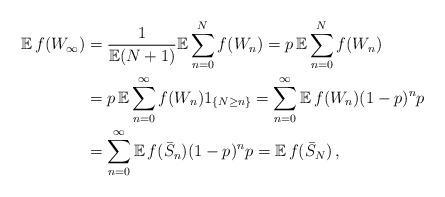
LaTeX: \begin{align*}{\mathbb E}\,f(W_\infty)&=\frac{1}{{\mathbb E}(N+1)}{\mathbb E}\sum_{n=0}^N f(W_n)=p\,{\mathbb E}\sum_{n=0}^N f(W_n)\\&=p\,{\mathbb E}\sum_{n=0}^\infty f(W_n)1_{\{N\ge n\}}=\sum_{n=0}^\infty {\mathbb E}\,f(W_n)(1-p)^np\\&=\sum_{n=0}^\infty {\mathbb E}\,f(\bar{S}_n)(1-p)^np={\mathbb E}\,f(\bar{S}_N)\,,\end{align*}